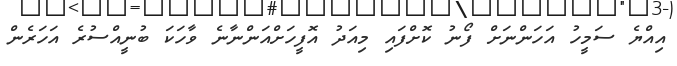
އިއްޔެ ސަމީހު އަހަންނަށް ފޯނު ކޮށްފައި މިއަދު އޮފީހަށްއަންނާނެ ވާހަކަ ބުނީއްސުރެ އަހަރެން